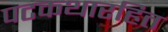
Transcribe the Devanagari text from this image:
पटकथारहित